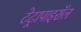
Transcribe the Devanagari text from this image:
टेट्रापाइरॉल